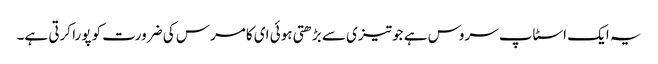
یہ ایک اسٹاپ سروس ہے جو تیزی سے بڑھتی ہوئی ای کامرس کی ضرورت کو پورا کرتی ہے۔